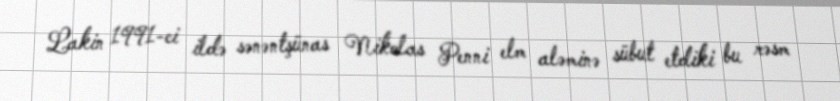
Lakin 1991-ci ildə sənəntşünas Nikolas Penni elm aləminə sübut etdiki bu rəsm